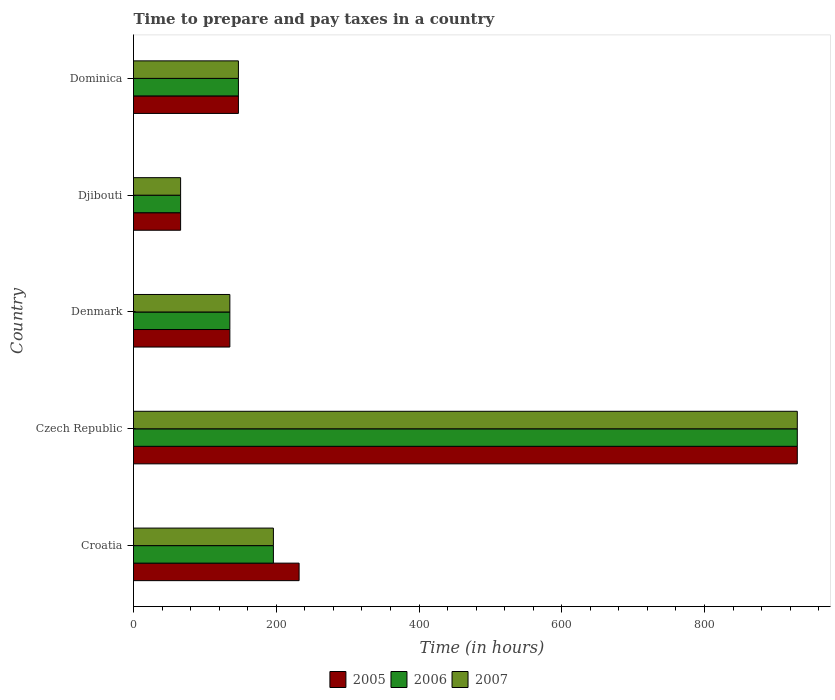
| Country | 2005 | 2006 | 2007 |
 | --- | --- | --- | --- |
 | Croatia | 232 | 196 | 196 |
 | Czech Republic | 930 | 930 | 930 |
 | Denmark | 135 | 135 | 135 |
 | Djibouti | 66 | 66 | 66 |
 | Dominica | 147 | 147 | 147 |